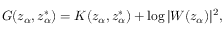
G ( z _ { \alpha } , z _ { \alpha } ^ { * } ) = K ( z _ { \alpha } , z _ { \alpha } ^ { * } ) + \log | W ( z _ { \alpha } ) | ^ { 2 } ,